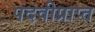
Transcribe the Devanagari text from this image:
पदवीप्राप्त